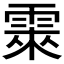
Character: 𮦕